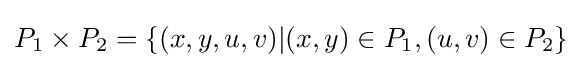
P_{1}\times P_{2}=\{(x,y,u,v)|(x,y)\in P_{1},(u,v)\in P_{2}\}